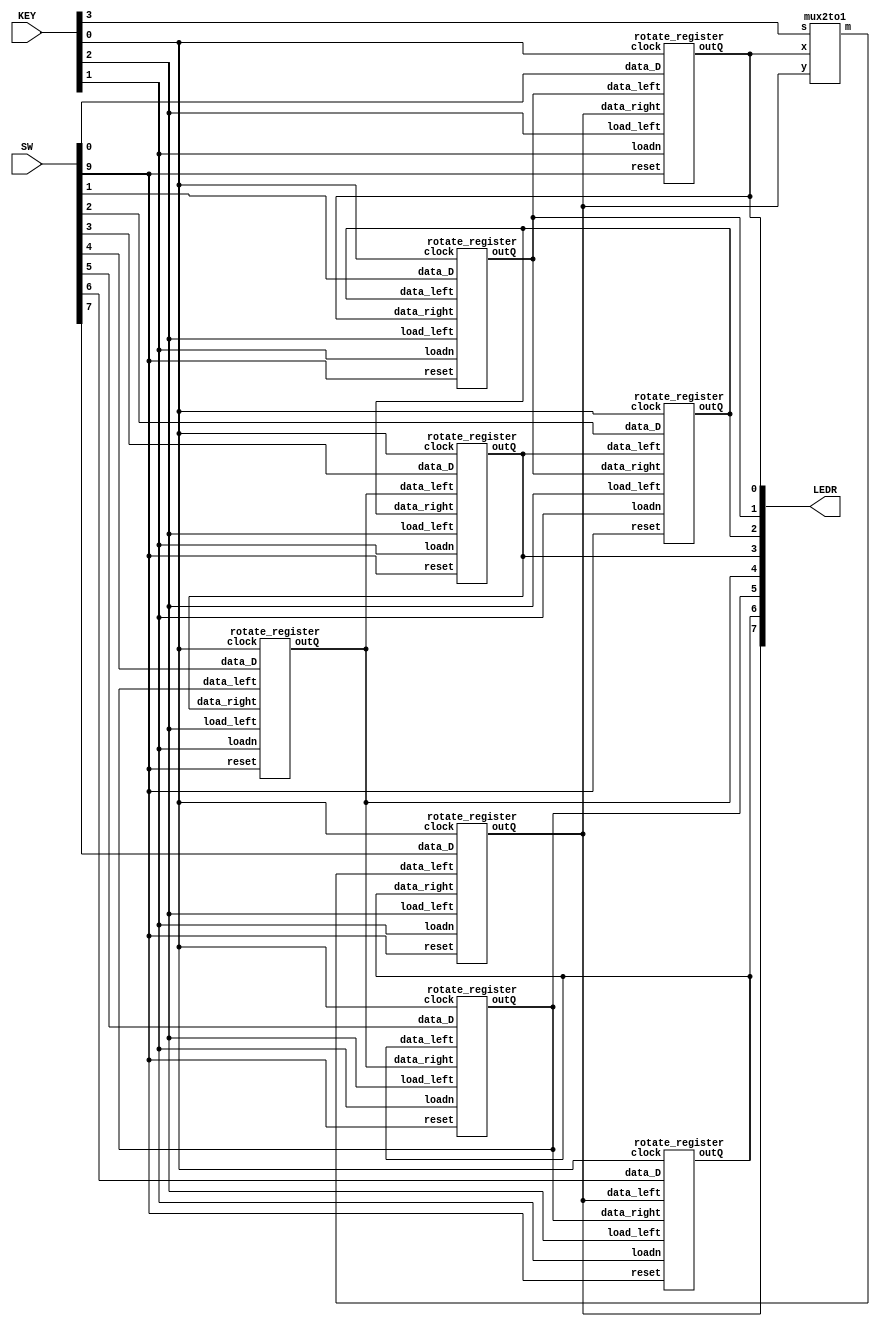
module lab4part3(SW, KEY, LEDR);
	//SW[7:0] -> DATA_IN
	//SW[9] -> reset
	input [9:0] SW;
	
	//KEY[0] ->clock
	//KEY[1] ->ParallelLoadn
	//KEY[2] ->Rotate Right
	//KEY[3] ->ASRight
	input [3:0] KEY;
	
	output [7:0] LEDR;
	mux2to1 AS_Shift(.s(KEY[3]), .y(LEDR[7]), .x(LEDR[0]), .m(AS));

	//bit numbering from left to right
	rotate_register bit7(
		.data_left(AS),
	 	.data_right(LEDR[6]), 
		.load_left(KEY[2]),
		.data_D(SW[7]),
		.loadn(KEY[1]),
		.clock(KEY[0]),
		.reset(SW[9]),
		.outQ(LEDR[7])
	);

	rotate_register bit6(
		.data_left(LEDR[7]),
	 	.data_right(LEDR[5]), 
		.load_left(KEY[2]),
		.data_D(SW[6]),
		.loadn(KEY[1]),
		.clock(KEY[0]),
		.reset(SW[9]),
		.outQ(LEDR[6])
	);

	rotate_register bit5(
		.data_left(LEDR[6]),
	 	.data_right(LEDR[4]), 
		.load_left(KEY[2]),
		.data_D(SW[5]),
		.loadn(KEY[1]),
		.clock(KEY[0]),
		.reset(SW[9]),
		.outQ(LEDR[5])
	);

	rotate_register bit4(
		.data_left(LEDR[5]),
	 	.data_right(LEDR[3]), 
		.load_left(KEY[2]),
		.data_D(SW[4]),
		.loadn(KEY[1]),
		.clock(KEY[0]),
		.reset(SW[9]),
		.outQ(LEDR[4])
	);	

	rotate_register bit3(
		.data_left(LEDR[4]),
	 	.data_right(LEDR[2]), 
		.load_left(KEY[2]),
		.data_D(SW[3]),
		.loadn(KEY[1]),
		.clock(KEY[0]),
		.reset(SW[9]),
		.outQ(LEDR[3])
	);	
	rotate_register bit2(
		.data_left(LEDR[3]),
	 	.data_right(LEDR[1]), 
		.load_left(KEY[2]),
		.data_D(SW[2]),
		.loadn(KEY[1]),
		.clock(KEY[0]),
		.reset(SW[9]),
		.outQ(LEDR[2])
	);	
	rotate_register bit1(
		.data_left(LEDR[2]),
	 	.data_right(LEDR[0]), 
		.load_left(KEY[2]),
		.data_D(SW[1]),
		.loadn(KEY[1]),
		.clock(KEY[0]),
		.reset(SW[9]),
		.outQ(LEDR[1])
	);	
	rotate_register bit0(
		.data_left(LEDR[1]),
	 	.data_right(LEDR[7]), 
		.load_left(KEY[2]),
		.data_D(SW[0]),
		.loadn(KEY[1]),
		.clock(KEY[0]),
		.reset(SW[9]),
		.outQ(LEDR[0])
	);	

endmodule
//SW[7:0] -> DATA_IN

//SW9 synchronus active high reset
//KEY 1 parralelloadn
//key 2 rotate right
//key 3 asright
//key 0 clock
//led -> output Q
module rotate_register(data_left, data_right, load_left, data_D, loadn, clock, reset, outQ);
	input data_left, data_right, load_left, data_D, loadn, clock, reset; 
	output outQ;
	wire rotatedata, datato_dff, AS;
	mux2to1 M0(
		.x(data_right),
		.y(data_left),
		.s(load_left),
		.m(rotatedata)
	);
	mux2to1 M1(
		.x(data_D),
		.y(rotatedata),
		.s(loadn),
		.m(datato_dff)
	);

	flipflop F0(
		.d(datato_dff),
		.q(outQ),
		.clock(clock),
		.reset(reset)
	);
endmodule

module mux2to1(x, y, s, m);
    input x; 
    input y; 
    input s; 
    output m; 
    assign m = s?x:y;
endmodule

module flipflop(d, q, clock, reset);
	input d;
	input clock;
	input reset;
	output reg q;

	always@(posedge clock)
	begin
	if(reset == 1)
		q<=0;
	else
		q<=d;
	end
endmodule